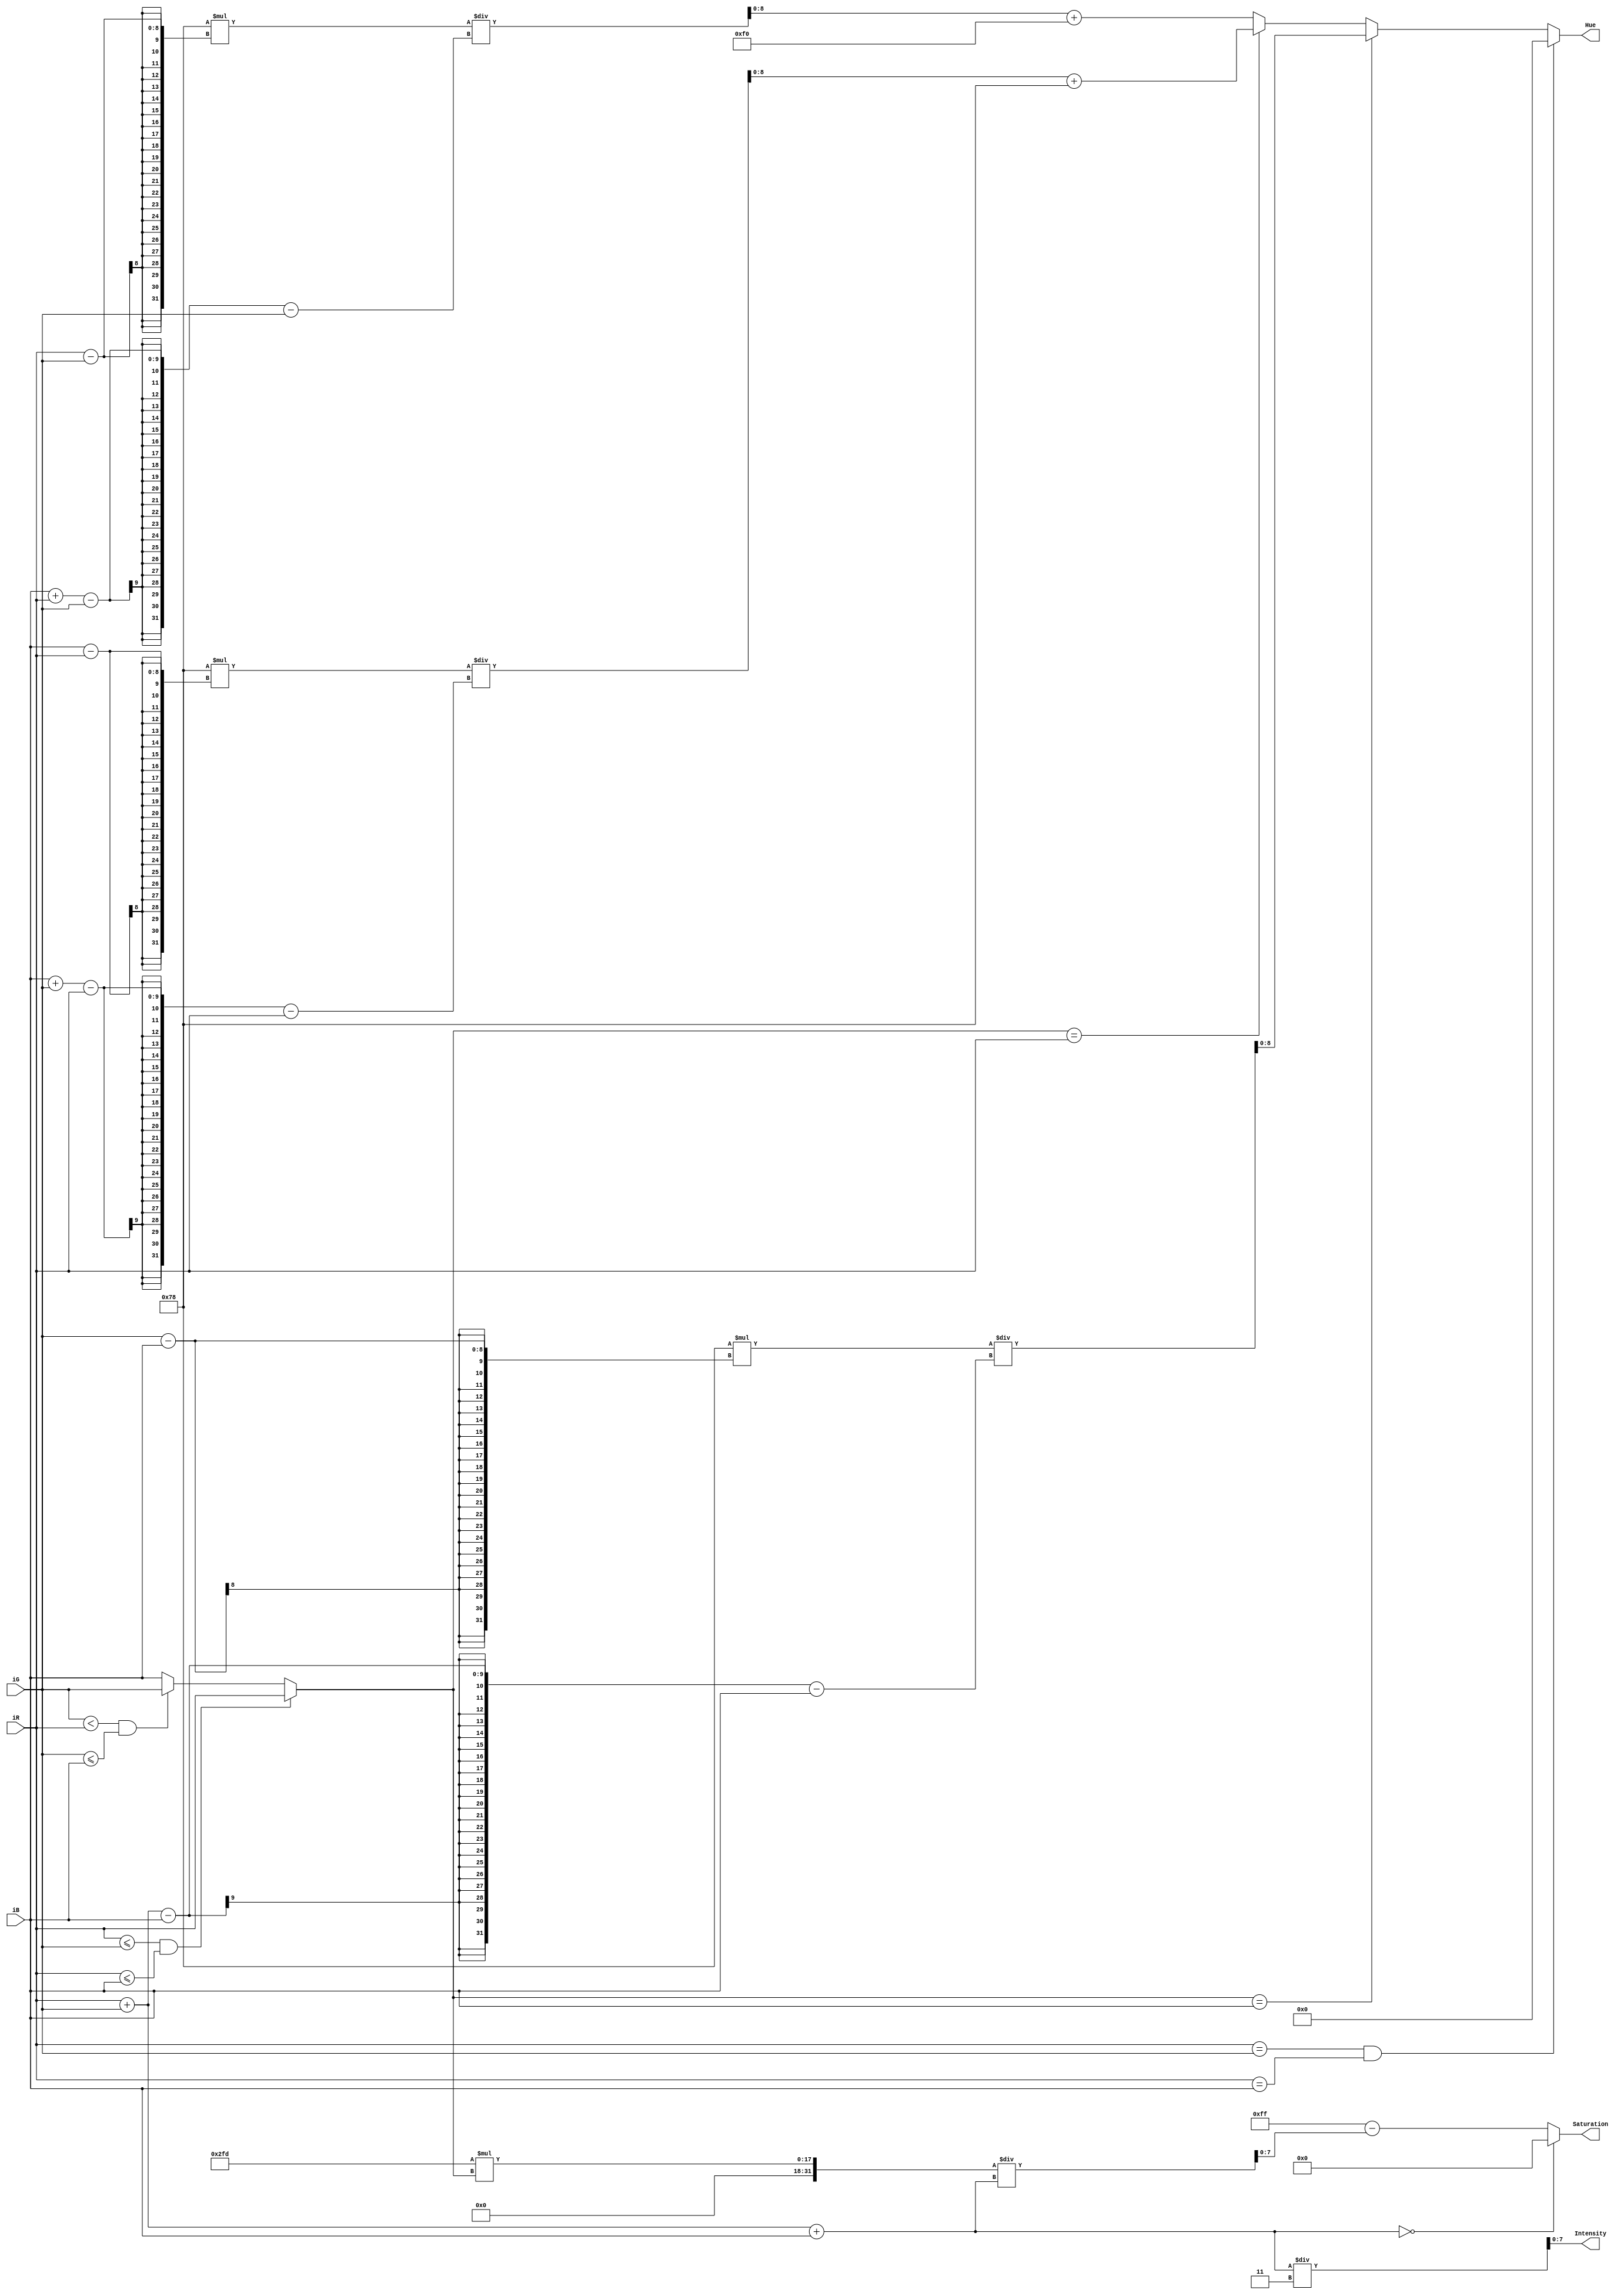
module RGB2HSI(
	iR,
	iG,
	iB,
	Hue,
	Saturation,
	Intensity
);
input		[7:0]	iR;
input		[7:0]	iG;
input		[7:0]	iB;
output  reg    [8:0]   Hue;
output      [7:0]   Saturation;
output      [7:0]   Intensity;

reg [7:0] min;
wire [9:0] sum;

assign sum = iR + iG + iB;
assign Saturation = (sum==0) ? 0 : (255 - ((765*min)/sum));
assign Intensity = sum/3;


always @(*) begin 
	if (iR <= iG && iR <= iB) begin 
		min = iR;
	end 
	else if (iG < iR && iG <= iB) begin
		min = iG;
	end
	else begin
		min = iB;
	end 

	if (iR==iG && iR==iB) begin
		Hue = 0;
	end 
	else if (min==iB) begin
		Hue = 120*(iG-iB)/(iR+iG-iB-iB);
	end 
	else if (min==iR) begin 
		Hue = 120*(iB-iR)/(iB+iG-iR-iR)+120;
	end 
	else begin
		Hue = 120*(iR-iG)/(iB+iR-iG-iG)+240;
	end 
end 

			  

endmodule // HSI